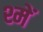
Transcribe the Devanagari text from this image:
श्में